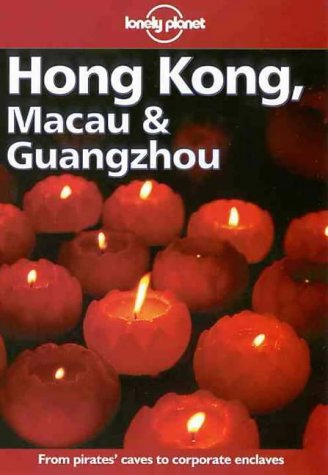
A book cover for Lonely Planet Hong Kong, Macau & Guangzhou (Hong Kong Macau and Guangzhou, 9th ed); Damian Harper; Travel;